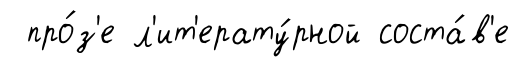
про́з'е л'ит'ерату́рной соста́в'е